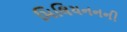
મિલિયનનની